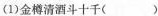
(5)暂凭杯酒长精神( )(6)把酒问青天( )